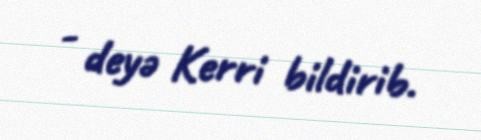
- deyə Kerri bildirib.